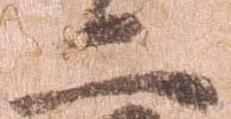
二